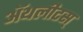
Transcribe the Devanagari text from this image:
ॲथलीटस्